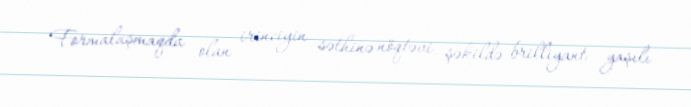
Formalaşmaqda olan irinciyin səthinə nöqtəvi şəkildə brilliyant yaşılı